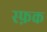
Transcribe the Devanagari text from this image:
स्फ़क